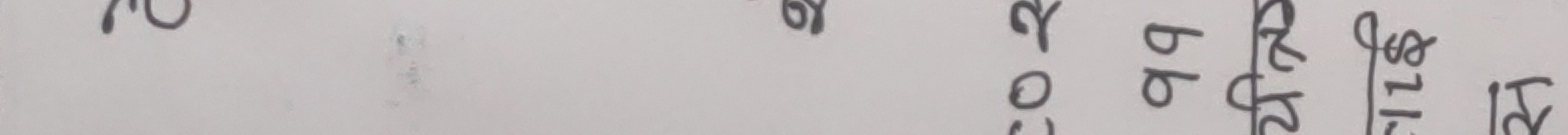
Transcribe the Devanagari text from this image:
२०७९/११/२६